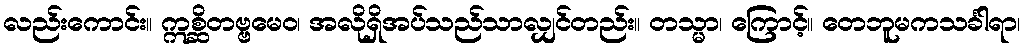
လည်းကောင်း။ ဣစ္ဆိတဗ္ဗမေဝ၊ အလိုရှိအပ်သည်သာလျှင်တည်း။ တသ္မာ၊ ကြောင့်။ တေဘူမကသင်္ခါရာ၊